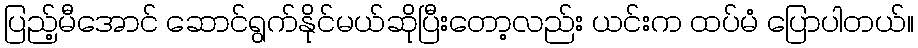
ပြည့်မီအောင် ဆောင်ရွက်နိုင်မယ်ဆိုပြီးတော့လည်း ယင်းက ထပ်မံ ပြောပါတယ်။